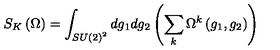
S _ { K } \left( \Omega \right) = \int _ { S U \left( 2 \right) ^ { 2 } } d g _ { 1 } d g _ { 2 } \left( \sum _ { k } \Omega ^ { k } \left( g _ { 1 } , g _ { 2 } \right) \right)